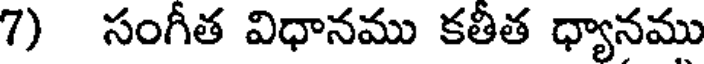
7) సంగీత విధానము కతీత ధ్యానము